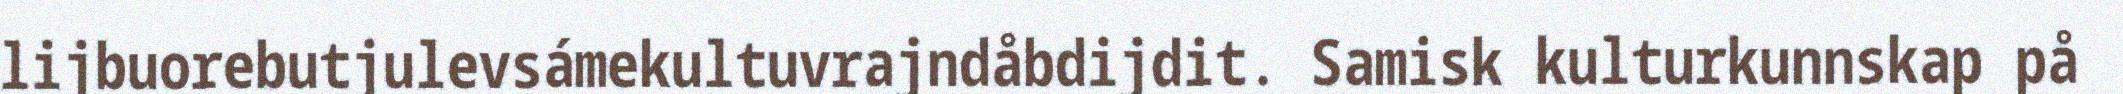
lijbuorebutjulevsámekultuvrajndåbdijdit. Samisk kulturkunnskap på